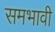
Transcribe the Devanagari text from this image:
समभावी